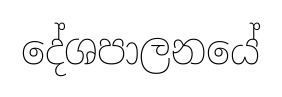
දේශපාලනයේ